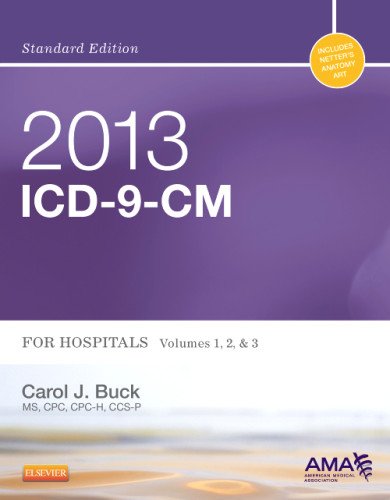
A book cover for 2013 ICD-9-CM for Hospitals, Volumes 1, 2 and 3 Standard Edition, 1e (Buck, ICD-9-CM  Vols 1,2&3 Standard Edition); Carol J. Buck MS  CPC  CCS-P; Medical Books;